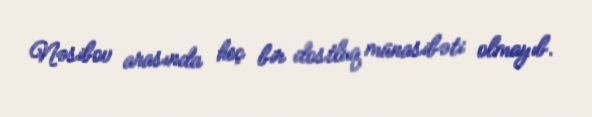
Nəsibov arasında heç bir dostluq münasibəti olmayıb.